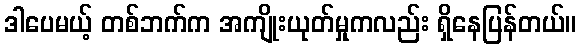
ဒါပေမယ့် တစ်ဘက်က အကျိုးယုတ်မှုကလည်း ရှိနေပြန်တယ်။